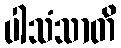
ပါသံသာတိ